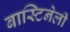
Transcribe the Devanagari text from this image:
बास्टिनेली